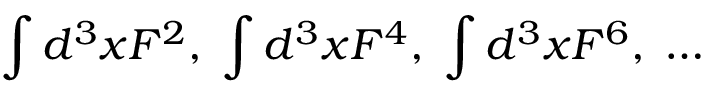
\int d ^ { 3 } x F ^ { 2 } , \; \int d ^ { 3 } x F ^ { 4 } , \; \int d ^ { 3 } x F ^ { 6 } , \; \ldots